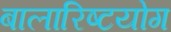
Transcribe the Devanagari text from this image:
बालारिष्टयोग